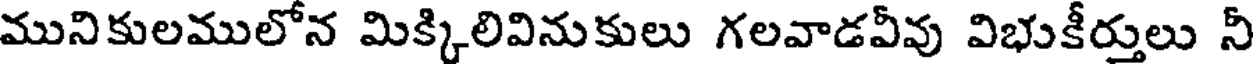
మునికులములోన మిక్కిలివినుకులు గలవాడవీవు విభుకీర్తులు నీ